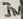
Text: IN